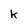
Character: k